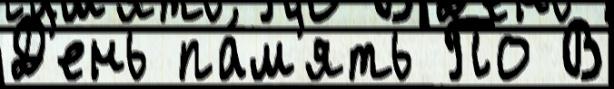
Д'ень па́м'ять По В